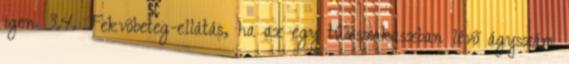
igen 3.4. Fekvõbeteg-ellátás, ha az egy tûzszakaszban lévõ ágyszám